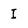
Character: I